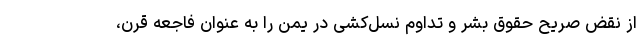
از نقض صریح حقوق بشر و تداوم نسل‌کشی در یمن را به عنوان فاجعه قرن،